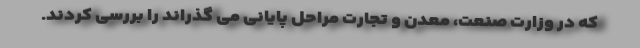
که در وزارت صنعت، معدن و تجارت مراحل پایانی می گذراند را بررسی کردند.